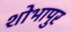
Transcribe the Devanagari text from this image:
शोभापुर